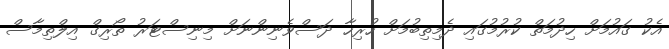
އެކު ގައުމަށް ހިދުމަތް ކުރުމުގައި ދެމިތިބުމަށް ހުރިހާ ދަސްވެނިންނަށް މިނިސްޓަރު ތޯރިގް އިލްތިމާސް